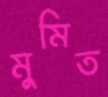
মুমিত